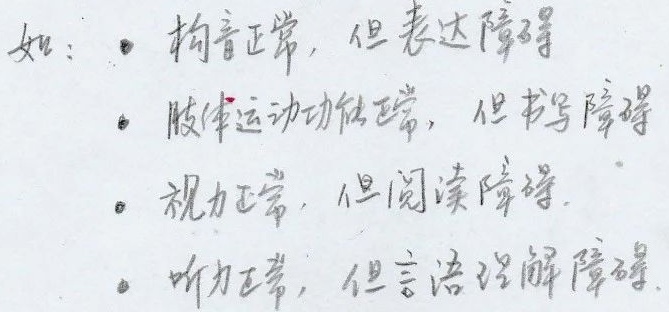
如：
- 构音正常，但表达障碍
- 肢体运动功能正常，但书写障碍
- 视力正常，但阅读障碍
- 听力正常，但言语理解障碍